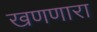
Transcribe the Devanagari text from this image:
खणणारा